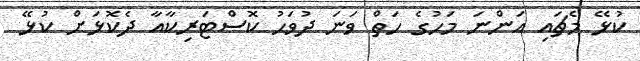
ކުޅޭ މެޗައި އަންނަ މަހުގެ ހަތް ވަނަ ދުވަހު ކޮސްޓަރިކާއާ ދެކޮޅަށް ކުޅޭ